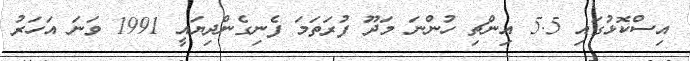
އިސްކޮޅުގައި 5.5 އިންޗި ހުންނަ މަދޫ ފުރަތަމަ ފެނިގެންދިޔައީ 1991 ވަނަ އަހަރު